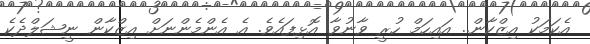
އެކަމަކު އިޒްކާން.. އައިހަމް ހުރީ ވާނުވާ އޮޅިފައެވެ. އެ އެންމެންނަށް އިޒްކާން ނީޝަލްދެކެ